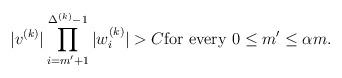
LaTeX: \begin{align*}|v^{(k)}|\prod_{i=m'+1}^{\Delta^{(k)}-1}|w^{(k)}_i|&>C \textrm{for every}\ 0\le m'\le \alpha m.\end{align*}